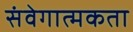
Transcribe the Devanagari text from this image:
संवेगात्मकता